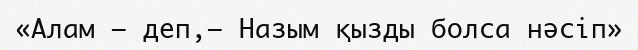
«Алам — деп,— Назым қызды болса нәсіп»